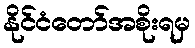
နိုင်ငံတော်အစိုးရမှ